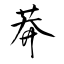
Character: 莽